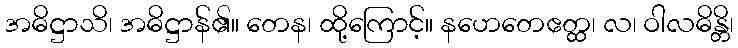
အဓိဋ္ဌာသိ၊ အဓိဋ္ဌာန်၏။ တေန၊ ထို့ကြောင့်။ နဟေတေဧတ္ထ၊ လ၊ ဝါလဓိန္တိ၊